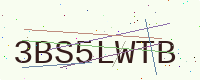
Text: 3BS5LWTB